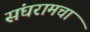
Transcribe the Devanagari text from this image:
संघरामचा